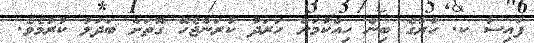
ފައިސާ ކ. ހުރާގެ ބިން ހިއްކުމަށް ހަރަދު ކުރަންޖެހޭ ގޮތަށް ބަދަލު ކުރުމެވެ.